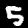
Digit: 5